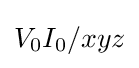
V_{0}I_{0}/xyz